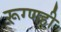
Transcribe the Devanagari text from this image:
रूग्णही